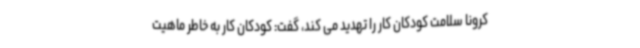
کرونا سلامت کودکان کار را تهدید می کند، گفت: کودکان کار به خاطر ماهیت